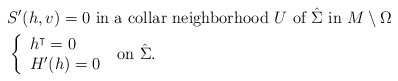
\begin{align*}&S' (h, v)=0 \mbox { in a collar neighborhood $U$ of $\hat\Sigma$ in } M\setminus \Omega\\&\left\{ \begin{array}{l} h^\intercal =0\\ H'(h)=0\end{array} \right.\mbox { on } \hat \Sigma.\end{align*}